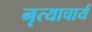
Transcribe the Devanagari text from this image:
नृत्याचार्य